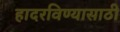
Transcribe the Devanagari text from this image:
हादरविण्यासाठी